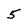
Character: 5